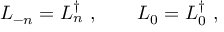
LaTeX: L _ { - n } = L _ { n } ^ { \dagger } ~ , ~ ~ ~ ~ ~ ~ L _ { 0 } = L _ { 0 } ^ { \dagger } ~ ,